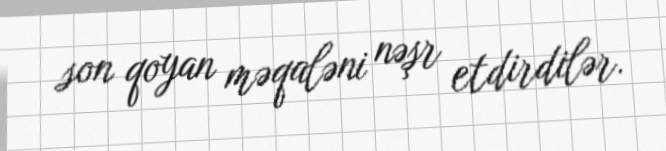
son qoyan məqaləni nəşr etdirdilər.